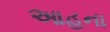
આહના